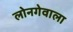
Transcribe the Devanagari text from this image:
लोनगेवाला